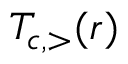
T _ { c , > } ( r )